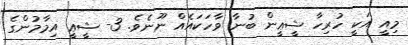
މިއީ އަކީ ހުރިހާ ޝީޢީން ބުނާ ވާހަކައެއް ނޫނެވެ. 3- ޝީޢީ އިމާމުންގެ